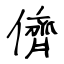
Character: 儕